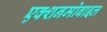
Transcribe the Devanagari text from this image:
एक्शनमोबाइल